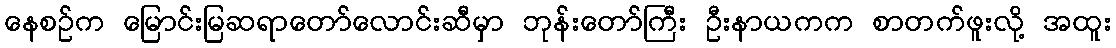
နေစဉ်က မြောင်းမြဆရာတော်လောင်းဆီမှာ ဘုန်းတော်ကြီး ဦးနာယကက စာတက်ဖူးလို့ အထူး